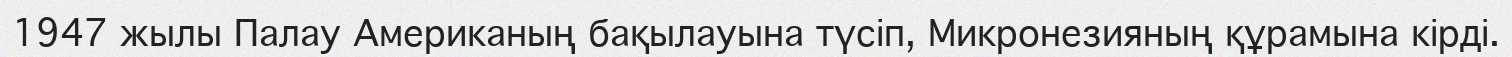
1947 жылы Палау Американың бақылауына түсіп, Микронезияның құрамына кірді.